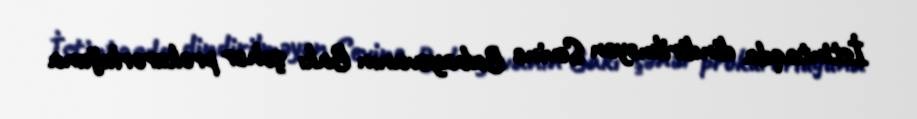
İstintaqda dindirilməyən Sevinc Babayevanın Bakı şəhər prokurorluğuna